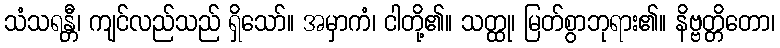
သံသရန္တီ၊ ကျင်လည်သည် ရှိသော်။ အမှာကံ၊ ငါတို့၏။ သတ္ထု၊ မြတ်စွာဘုရား၏။ နိဗ္ဗတ္တိတော၊